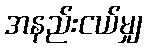
အနည်းငယ်မျှ